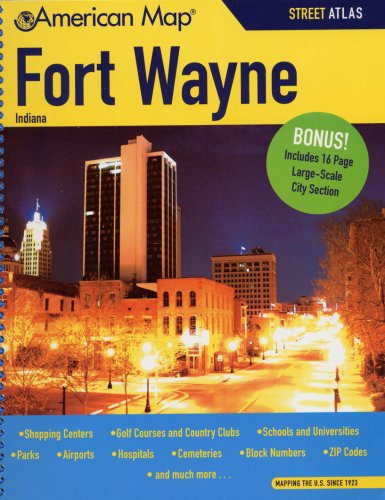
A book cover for American Map Fort Wayne, IN Atlas; Travel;